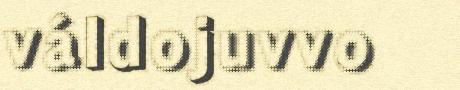
váldojuvvo